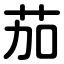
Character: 茄